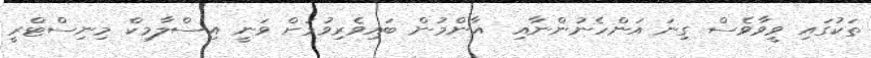
ތަކުގައި ވީވާވެސް ގިނަ އަންހެނުންނާއި  އާންމުން ބައިވެރިވުމަށް ވަނީ އިސްލާމިކް މިނިސްޓްރީ